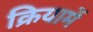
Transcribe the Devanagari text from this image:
क्रियामें